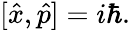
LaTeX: [{\hat{x}},{\hat{p}}]=i\hbar.